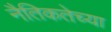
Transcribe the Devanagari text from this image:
नैतिकतेच्या